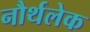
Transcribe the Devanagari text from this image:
नौर्थलेक